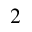
_ 2